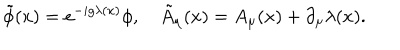
\tilde { \phi } ( x ) = e ^ { - i g \lambda ( x ) } \phi , \quad \tilde { A } _ { \mu } ( x ) = A _ { \mu } ( x ) + \partial _ { \mu } \lambda ( x ) .